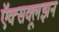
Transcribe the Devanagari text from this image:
ऍक्सक्लूझ़न